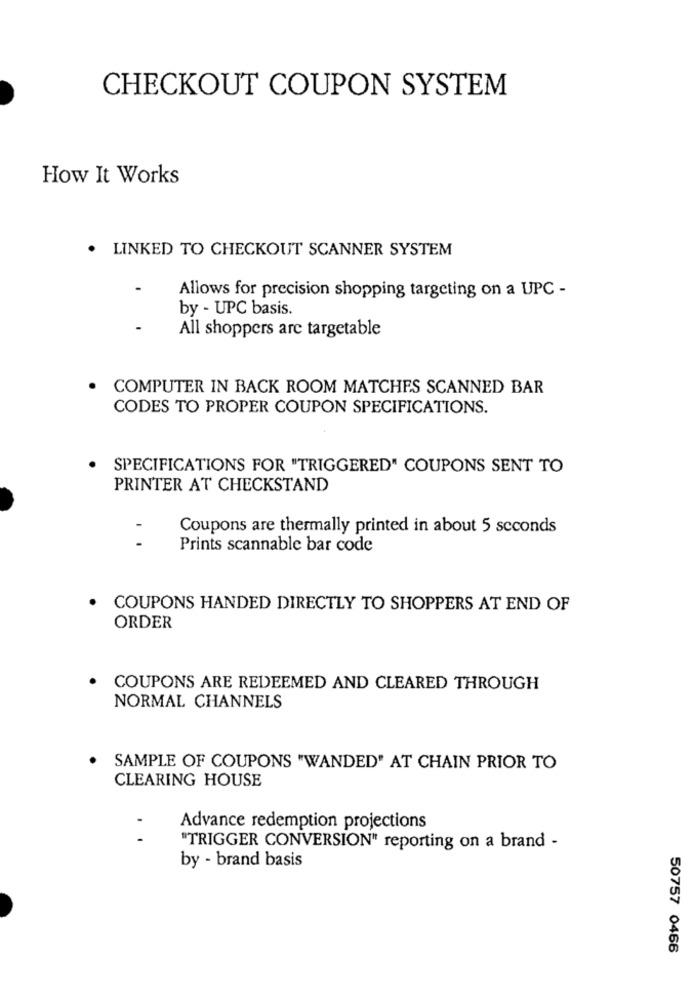
CHECKOUT COUPON SYSTEM
How It Works
.
LINKED TO CHECKOUT SCANNER SYSTEM
-
Allows for precision shopping targeting on a UPC -
by - UPC basis.
-
All shoppers are targetable
COMPUTER IN BACK ROOM MATCHES SCANNED BAR
CODES TO PROPER COUPON SPECIFICATIONS.
.
SPECIFICATIONS FOR "TRIGGERED" COUPONS SENT TO
PRINTER AT CHECKSTAND
Coupons are thermally printed in about 5 seconds
Prints scannable bar code
.
COUPONS HANDED DIRECTLY TO SHOPPERS AT END OF
ORDER
COUPONS ARE REDEEMED AND CLEARED THROUGH
NORMAL CHANNELS
SAMPLE OF COUPONS "WANDED" AT CHAIN PRIOR TO
CLEARING HOUSE
Advance redemption projections
"TRIGGER CONVERSION" reporting on a brand -
by - brand basis
50757 0466